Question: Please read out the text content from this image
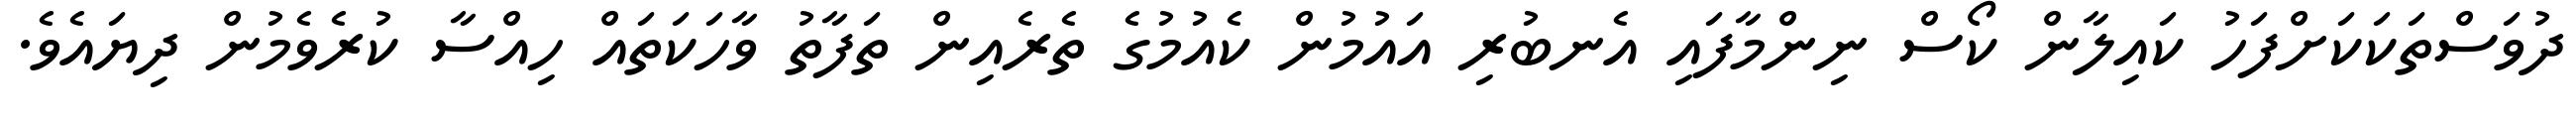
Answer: ދުވަސްތަކަކަށްފަހު ކައިލާން ކޯސް ނިންމާފައި އެނބުރި އައުމުން ކެއުމުގެ ތެރެއިން ތަފާތު ވާހަކަތައް ހިއްސާ ކުރެވެމުން ދިޔައެވެ.